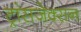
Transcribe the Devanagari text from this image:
ट्रांसजेक्सन